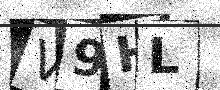
Text: V9HL